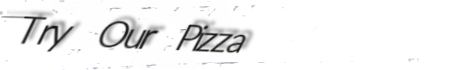
Try Our Pizza